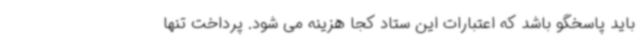
باید پاسخگو باشد که اعتبارات این ستاد کجا هزینه می شود. پرداخت تنها